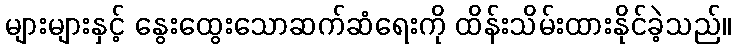
များများနှင့် နွေးထွေးသောဆက်ဆံရေးကို ထိန်းသိမ်းထားနိုင်ခဲ့သည်။